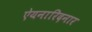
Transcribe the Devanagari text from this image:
ऐयनारिदनार